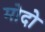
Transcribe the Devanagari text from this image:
मोदो